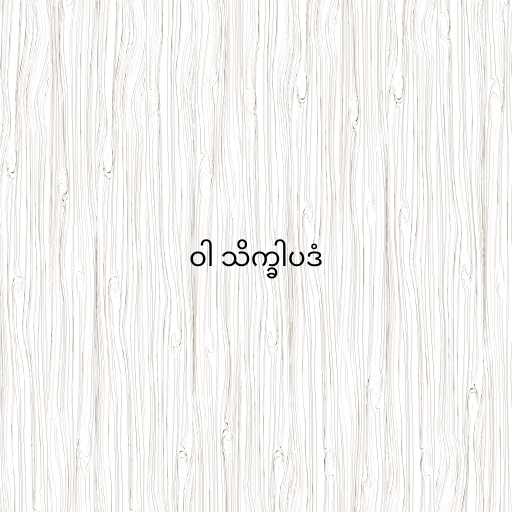
ဝါ သိက္ခါပဒံ